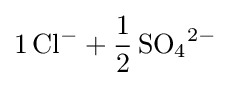
{\ce {1Cl- + 1/2SO4^2-}}